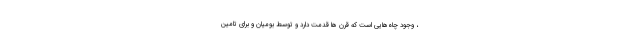
، وجود چاه‌هایی است که قرن ها قدمت دارد و توسط بومیان و برای تامین